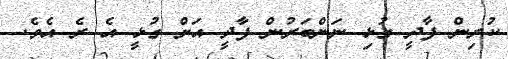
ކުރިން ފާދީ ގުޅި ނަންބަރުން ފާދީ އަށް ގުޅީ އެ ރެ އެވެ.